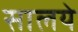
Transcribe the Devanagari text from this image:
सालये